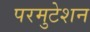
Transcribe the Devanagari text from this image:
परमुटेशन